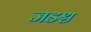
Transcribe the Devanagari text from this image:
जडश्च